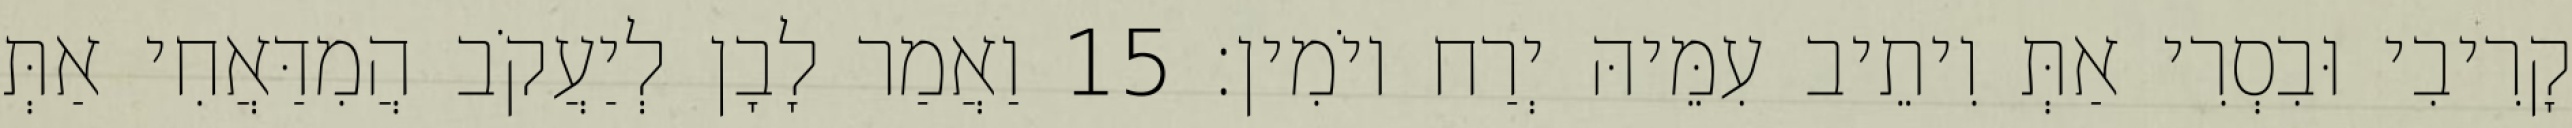
קָרִיבִי וּבִסְרִי אַתְּ וִיתֵיב עִמֵּיהּ יְרַח יוֹמִין׃ 15 וַאֲמַר לָבָן לְיַעֲקֹב הֲמִדַּאֲחִי אַתְּ